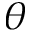
\theta